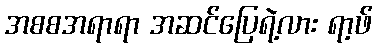
အစစအရာရာ အဆင်ပြေရဲ့လား ရာ့ဖ်